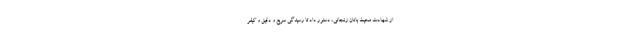
از شهادت محیط بانان زنجانی، دستور داد تا رسیدگی سریع و دقیق و کیفر